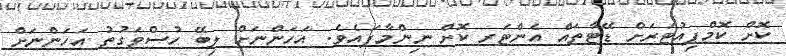
ކޮށް ކޮމްޕިއުޓަރަށް ޑޭޓާތައް އެންޓަރ ކޮށް ނިންމާފައެވެ. އަހަންނަށް ލިބޭ ހުސްވަގުތު އަހަންނަށް